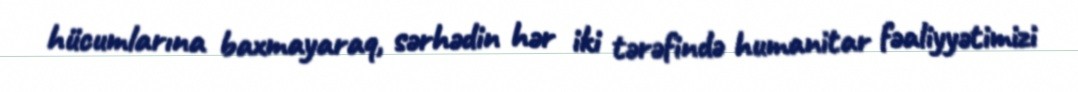
hücumlarına baxmayaraq, sərhədin hər iki tərəfində humanitar fəaliyyətimizi